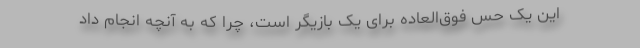
این یک حس فوق‌العاده برای یک بازیگر است، چرا که به آنچه انجام داد